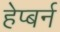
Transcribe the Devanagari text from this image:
हेप्बर्न